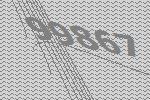
99867